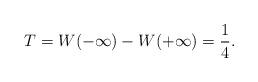
LaTeX: \begin{align*}T = W(-\infty) - W(+\infty) = {1 \over 4}.\end{align*}